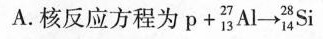
A.核反应方程为$$p + _ { 1 3 } ^ { 2 7 } A l \rightarrow _ { 1 4 } ^ { 2 8 } S i$$